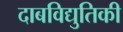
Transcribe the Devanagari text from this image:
दाबविद्युतिकी